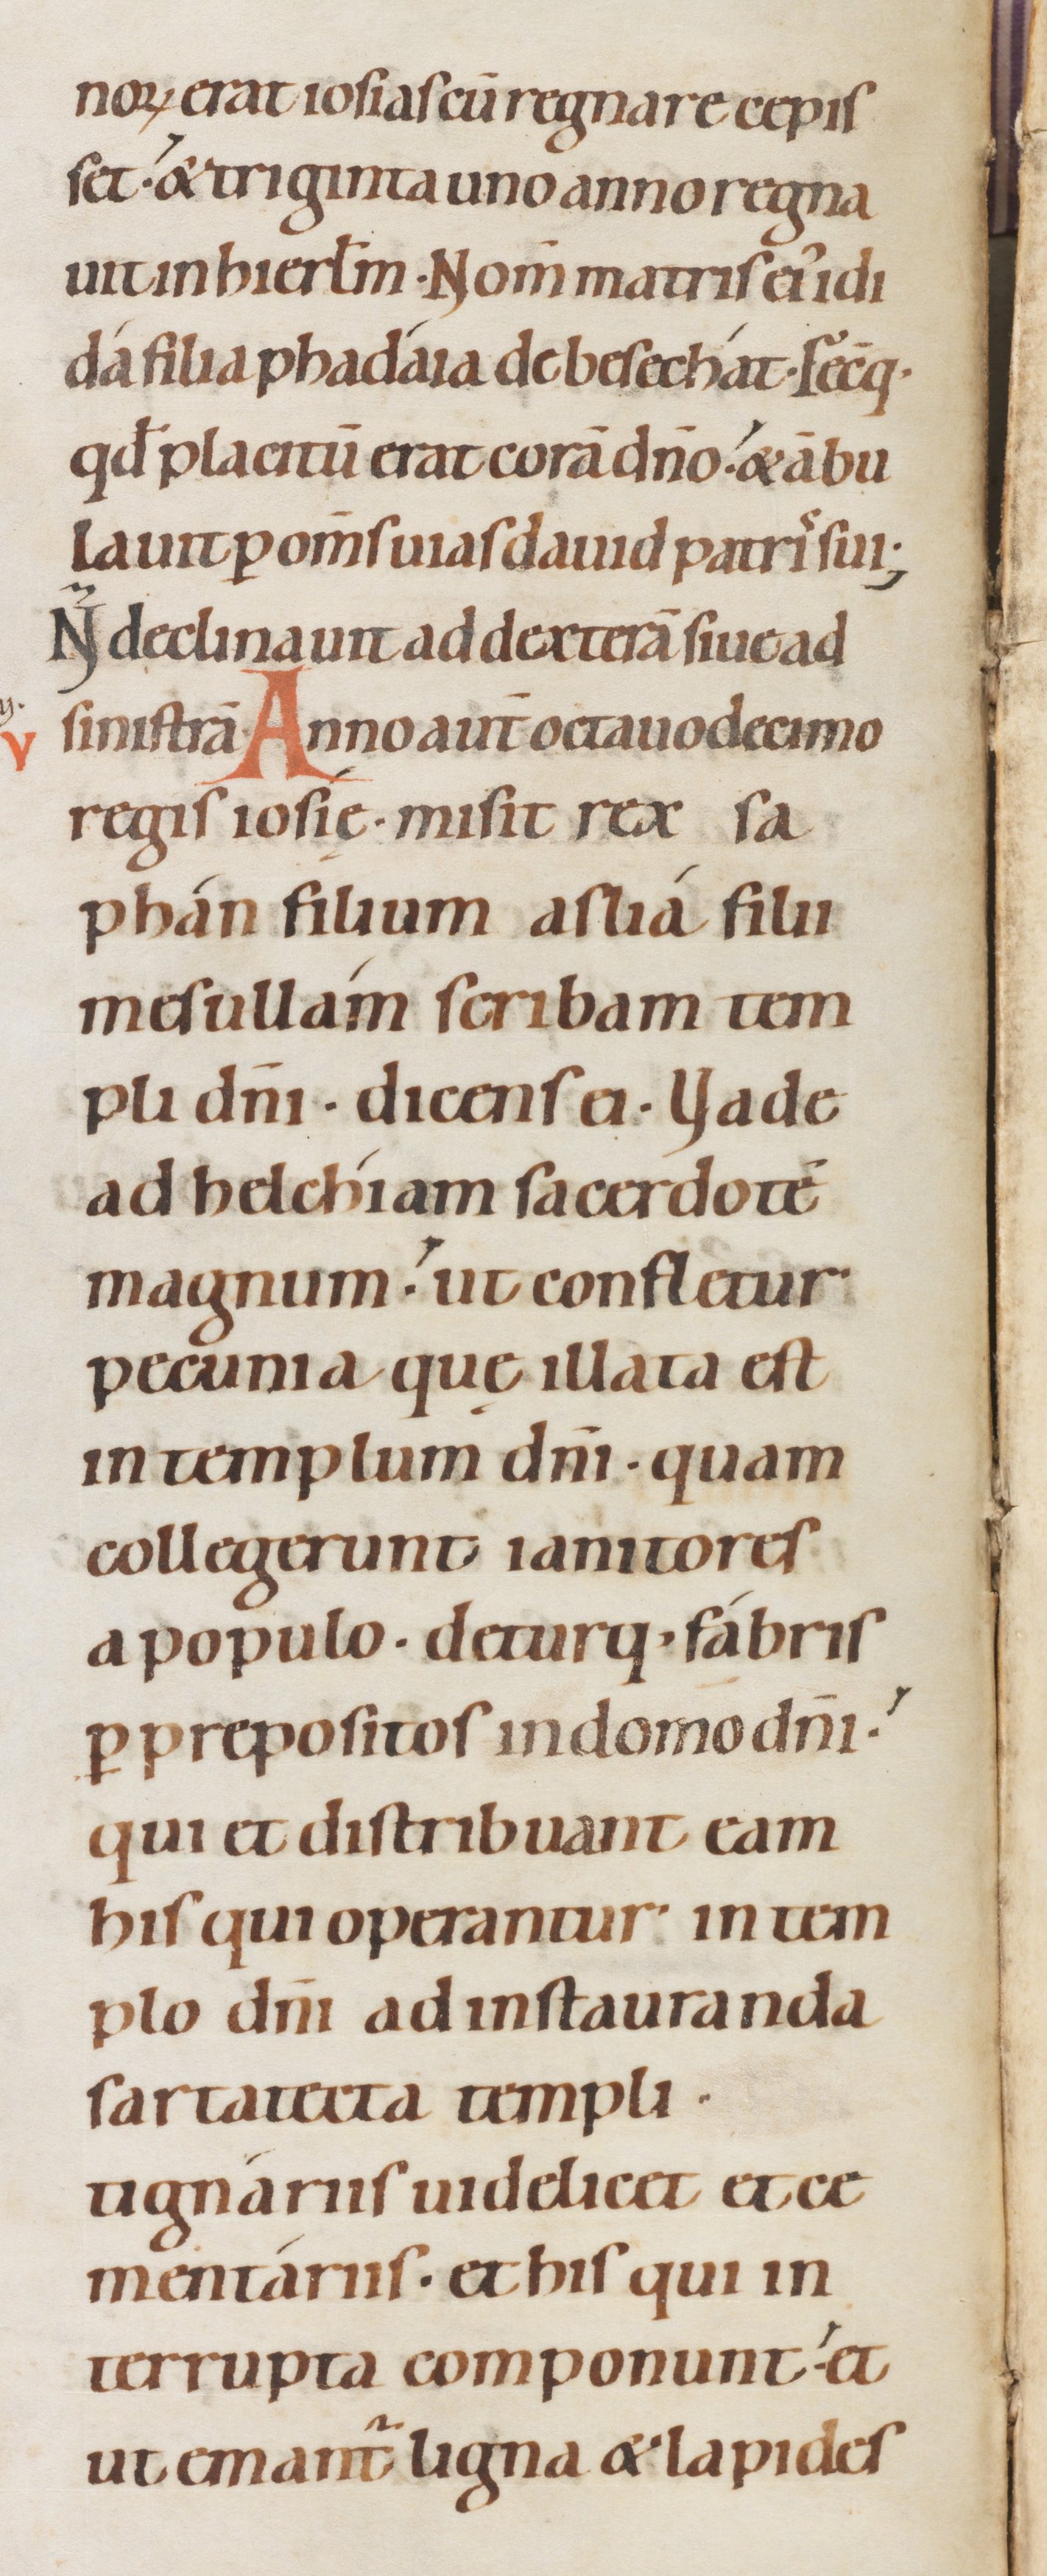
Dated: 1080–1096